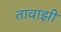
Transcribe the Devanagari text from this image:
तावाझी